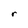
Character: r